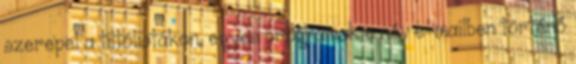
szerepel a tiltólistákon, egyes programok e név e-mailben történő